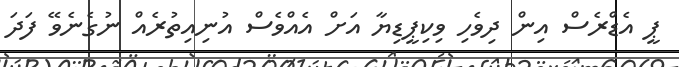
ޕީ އެޑްރެސް އިން ދިވެހި ވިކިޕީޑިޔާ އަށް އެއްވެސް އުނިއިތުރެއް ނުގެނެވޭ ފަދަ